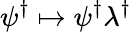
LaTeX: \psi^{\dagger}\mapsto\psi^{\dagger}\lambda^{\dagger}